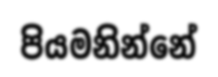
පියමනින්නේ